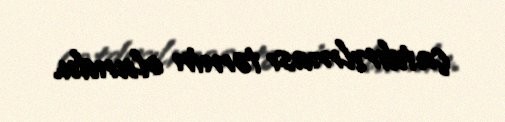
çatdırılması təmin olundu.